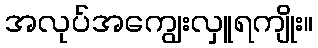
အလုပ်အကျွေးလှူရကျိုး။